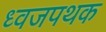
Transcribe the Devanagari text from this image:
ध्वजपथक